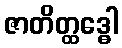
ဇာတိတ္ထဒ္ဓေါ